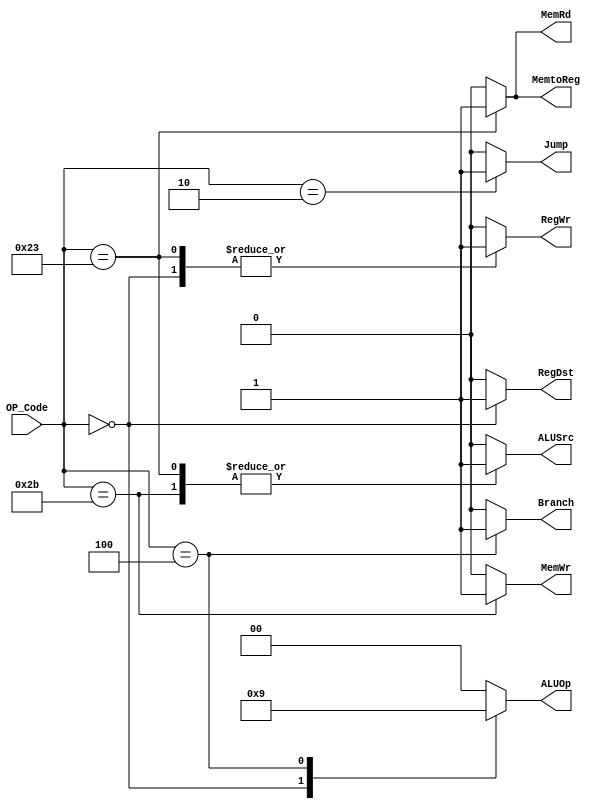
`timescale 1ns/1ps
module MCU (
    input [5:0] OP_Code,
    output reg [1:0] ALUOp,
    output reg ALUSrc,
    output reg RegDst,
    output reg RegWr,
    output reg MemtoReg,
    output reg MemRd,
    output reg MemWr,
    output reg Jump,
    output reg Branch
);
    always @(*) begin
        ALUOp = 2'b00;
        ALUSrc = 0;
        RegDst = 0;
        RegWr = 0;
        MemtoReg = 0;
        MemRd = 0;
        MemWr = 0;
        Jump = 0;
        Branch = 0;
        case(OP_Code)
            6'b000000: begin
                RegDst = 1;
                RegWr = 1;
                ALUOp = 2'b10;
            end
            6'b100011: begin
                RegWr = 1;
                ALUSrc = 1;
                MemRd = 1;
                MemtoReg = 1;
            end
            6'b101011: begin
                ALUSrc = 1;
                MemWr = 1;
            end 
            6'b000100: begin
                Branch = 1;
                ALUOp = 2'b01;
            end
            6'b000010: begin
                Jump = 1;
            end
        endcase
    end
    
endmodule